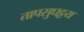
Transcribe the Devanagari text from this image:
तापसुघट्टय